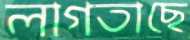
লাগতাছে